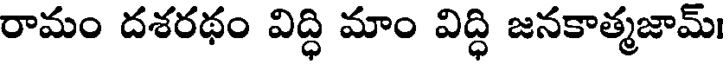
రామం దశరథం విద్ధి మాం విద్ధి జనకాత్మజామ్।